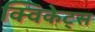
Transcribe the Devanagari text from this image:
क्विकेट्स